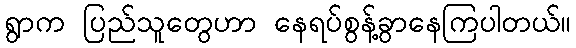
ရွာက ပြည်သူတွေဟာ နေရပ်စွန့်ခွာနေကြပါတယ်။